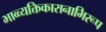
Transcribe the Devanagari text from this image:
भाव्व्यक्तिकारानाभिरूप